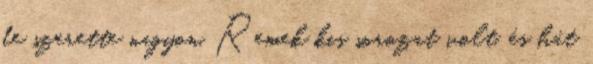
de szerette nagyon. Remek kis sorozat volt, és hát